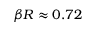
\beta R \approx 0 . 7 2